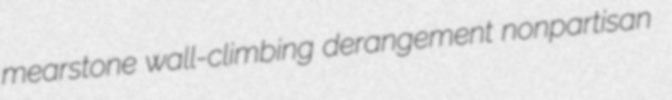
mearstone wall-climbing derangement nonpartisan